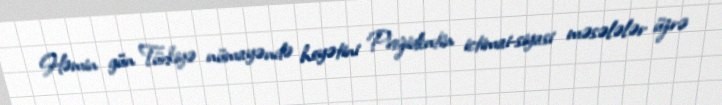
Həmin gün Türkiyə nümayəndə heyətini Prezidentin ictimai-siyasi məsələlər üzrə